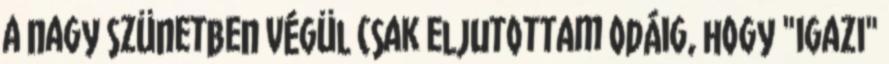
a nagy szünetben végül csak eljutottam odáig, hogy "igazi"